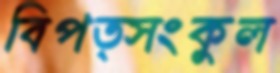
বিপত্সংকুল